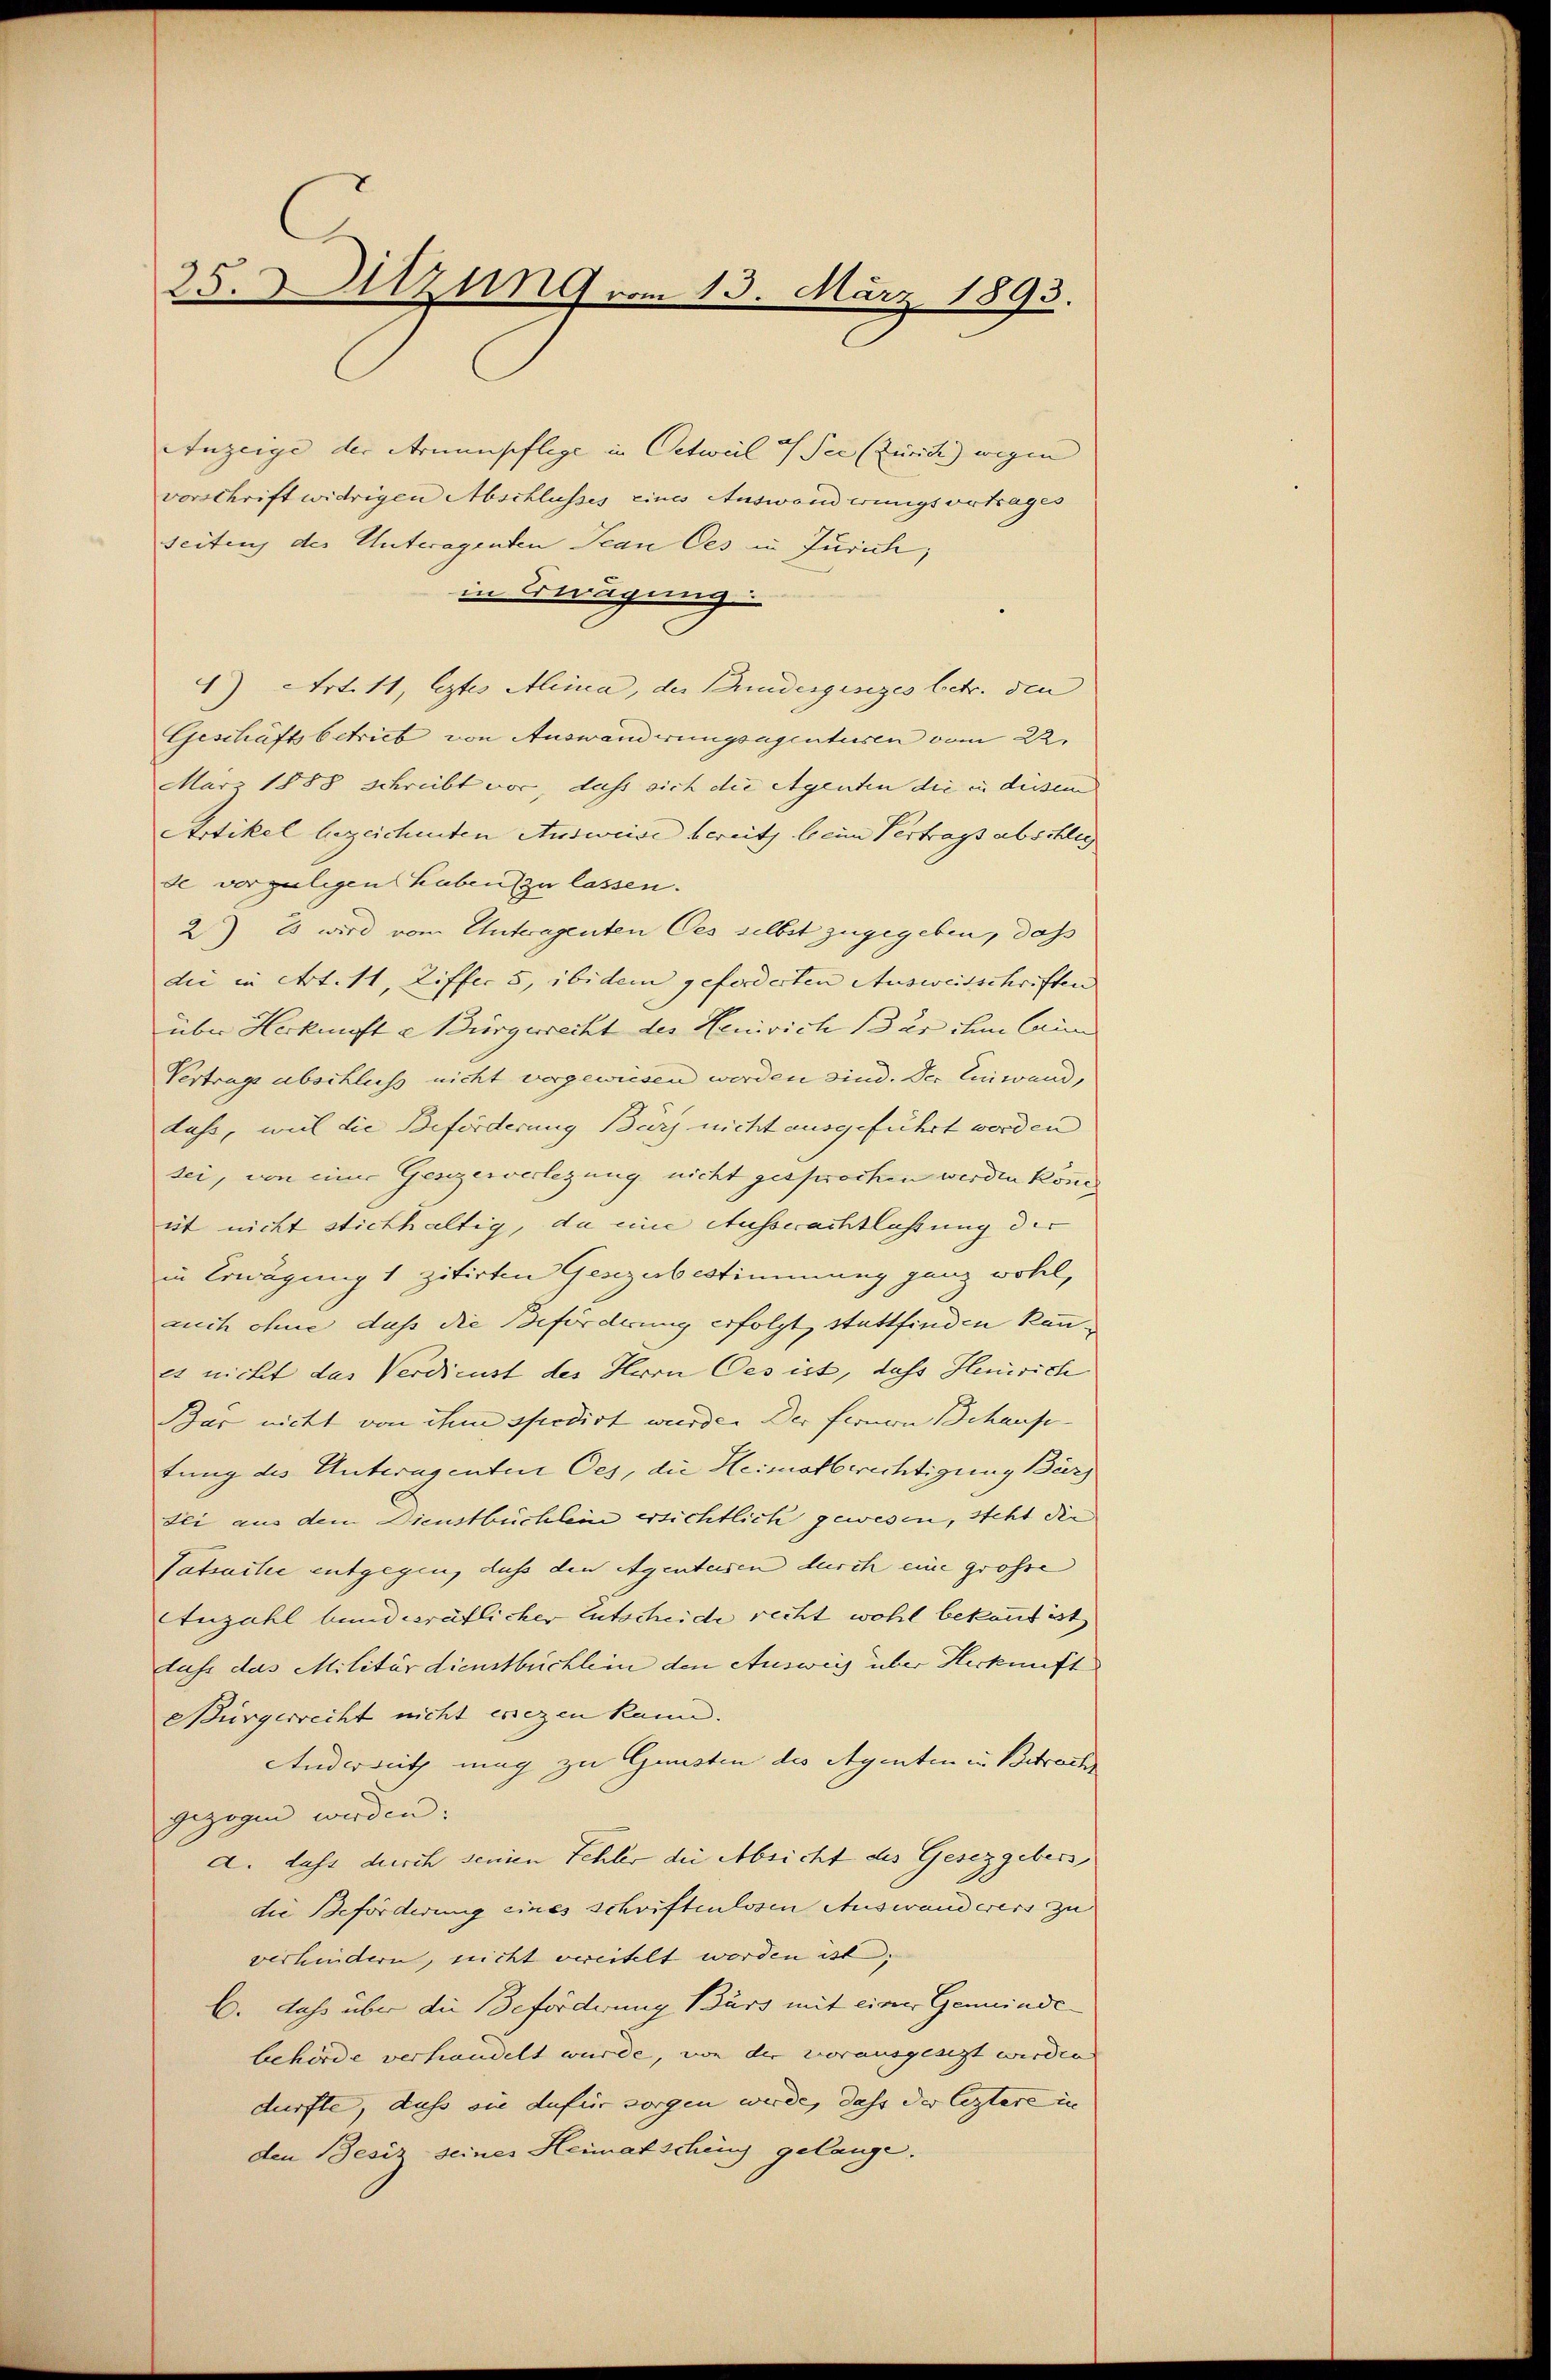
25. Sitzung vom 15. März 1893.

Anzeige der Armenpflege in Oetweil / See (Zürich) wegen |
vorschriftwidrigen Abschlusses eines Auswanderungsvertrages
seitens des Unteragenden Jean Ces in Zürich,
in Kredigung
4) Art. 11, leztes Alima, der Bundesgesiges betr. den |
Geschäftsbetrieb von Auswanderungsagentusen vom 22.
März 1888 schreibt vor, dass sich die Agenten die in diesem
Artikel bezeichenten Ausweise bereits beim Vertrags abschlig
de vorgelegen haben zu lassen.
2) Es wird vom Unteragenten Ces selbst zugegeben, daß
die in Art. 11, Ziffer 5, ibidem geforderten Ausweisschriften
über Herkunft e Bürgerrecht des Henrich der ihm Crim
Vertrage abschluß nicht vorgewiesen werden sind. Der Einwand,
lahr, weil die Beförderung Bürg nicht ausgeführt worden
sei, von einer Genzerverlegung nicht gesprochen werden können
ist nicht stichhaltig, da eine Ausserachtlassung der
in Erwägung 1 zitirten Gesezesbestimmung ganz wohl,
auch ohne dass die Beförderung erfolgt, stattfinden kanes nicht das Verdienst des Herrn Ces ist, dass Henrich
Bar nicht von ihm spedirt wurde. Der fernern Behause- |
tung des Unteragenten Oes, die Heimatberichtigung Bür
tli aus dem Dienstbüchlein ersichtlich gewesen, steht die
Tatsartie entgegen, dass den Agentesen durch eine grosse
Anzahl bundesrätlicher Entscheide recht wohl bekannt ist
luss das Militärdienstbüchlein den Ausweis über Herkunft
Bürgerrecht nicht ersezen kann.
Anderseith mag zu Gunsten des Agenten in Betrach
gezogen werden. |
d. dass durch seinen Fehler die Absicht des Gesetzgebers
die Beförderung eines schriftenlosen Auswanderers zu
verhindern, nicht vereitelt worden ist,
b. dass über die Beforderung Bürs mit einer Gemeinde
behörde verhandelt wurde, von der vorausgesezt werden. |
dürfte, dass sie dafür sorgen werde, dass der leztere in
den Besis seines Heimatsching gelange.